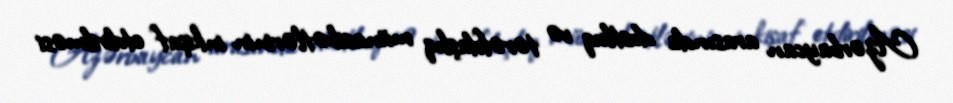
Azərbaycan arasında dostluq və tərəfdaşlıq münasibətlərinin inkişaf etdirilməsi